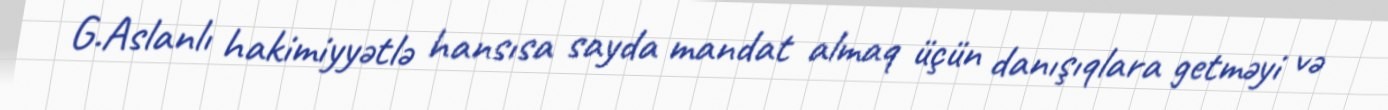
G.Aslanlı hakimiyyətlə hansısa sayda mandat almaq üçün danışıqlara getməyi və